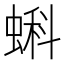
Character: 蝌